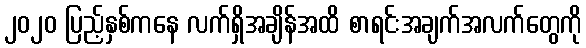
၂၀၂၀ ပြည့်နှစ်ကနေ လက်ရှိအချိန်အထိ စာရင်းအချက်အလက်တွေကို